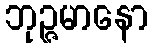
ဘုဉ္ဇမာနော